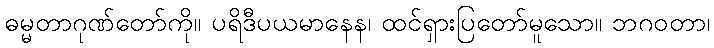
ဓမ္မတာဂုဏ်တော်ကို။ ပရိဒီပယမာနေန၊ ထင်ရှားပြတော်မူသော။ ဘဂဝတာ၊